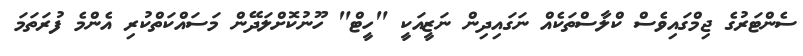
ސެންޓަރުގެ ޖިމްގައިވެސް ކްލާސްތަކެއް ނަގައިދިން ނަޒީއަކީ "ހީޓް" ހޫނުކޮށްލަދޭން މަސައްކަތްކުރި އެންމެ ފުރަތަމަ